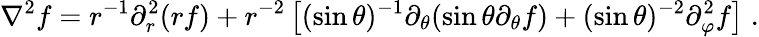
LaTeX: \nabla^{2}f=r^{-1}\partial_{r}^{2}(rf)+r^{-2}\left[(\sin\theta)^{-1}\partial_{\theta}(\sin\theta\partial_{\theta}f)+(\sin\theta)^{-2}\partial_{\varphi}^{2}f\right]\; .